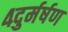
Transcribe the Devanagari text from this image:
४दुर्मर्षण